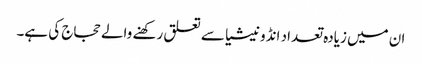
ان میں زیادہ تعداد انڈونیشیا سے تعلق رکھنے والے حجاج کی ہے۔